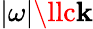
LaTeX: |\omega|\llc\mathbf{k}